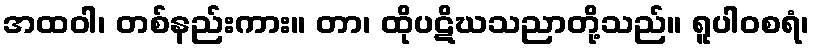
အထဝါ၊ တစ်နည်းကား။ တာ၊ ထိုပဋိဃသညာတို့သည်။ ရူပါဝစရံ၊